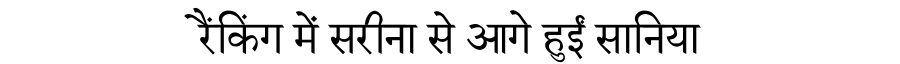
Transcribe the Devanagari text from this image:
रैंकिंग में सरीना से आगे हुईं सानिया